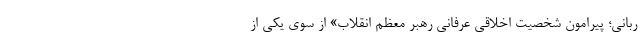
ربانی؛ پیرامون شخصیت اخلاقی عرفانی رهبر معظم انقلاب» از سوی یکی از